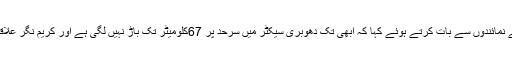
مسٹر سونووال نے دہلی سے گوہاٹی آنے والے میڈیا کے نمائندوں سے بات کرتے ہوئے کہا کہ ابھی تک دھوبری سیکٹر میں سرحد پر 67کلومیٹر تک باڑ نہیں لگی ہے اور کریم نگر علاقے میں بھی تین چار کلومیٹر تک باڑ نہیں لگ پائی ہے۔